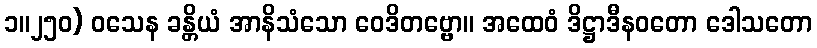
၁။၂၅၀) ဝသေန ခန္တိယံ အာနိသံသော ဝေဒိတဗ္ဗော။ အထေဝံ ဒိဋ္ဌာဒီနဝတော ဒေါသတော